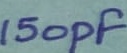
Text: 150pF